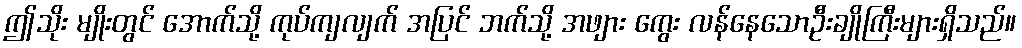
ဤသိုး မျိုးတွင် အောက်သို့ ကုပ်ကျလျက် အပြင် ဘက်သို့ အဖျား ကွေး လန်နေသောဦးချိုကြီးများရှိသည်။